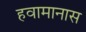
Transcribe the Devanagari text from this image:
हवामानास